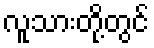
လူသားတို့တွင်